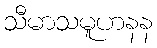
သီမာသမူဟနန